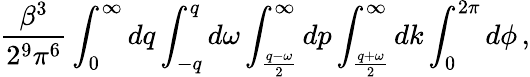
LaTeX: \frac{\beta^{3}}{2^{9}\pi^{6}}\int_{0}^{\infty}dq\int_{-q}^{q}d\omega\int_{\frac{q-\omega}{2}}^{\infty}dp\int_{\frac{q+\omega}{2}}^{\infty}dk\int_{0}^{2\pi}d\phi\, ,